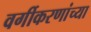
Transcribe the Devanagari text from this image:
वर्गीकरणांच्या